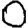
Digit: 0